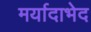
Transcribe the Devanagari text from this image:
मर्यादाभेद